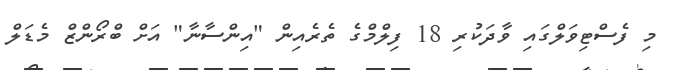
މި ފެސްޓިވަލްގައި ވާދަކުރި 18 ފިލްމްގެ ތެރެއިން "އިންސާނާ" އަށް ބްރޯންޒް މެޑަލް